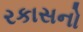
રકાસનો